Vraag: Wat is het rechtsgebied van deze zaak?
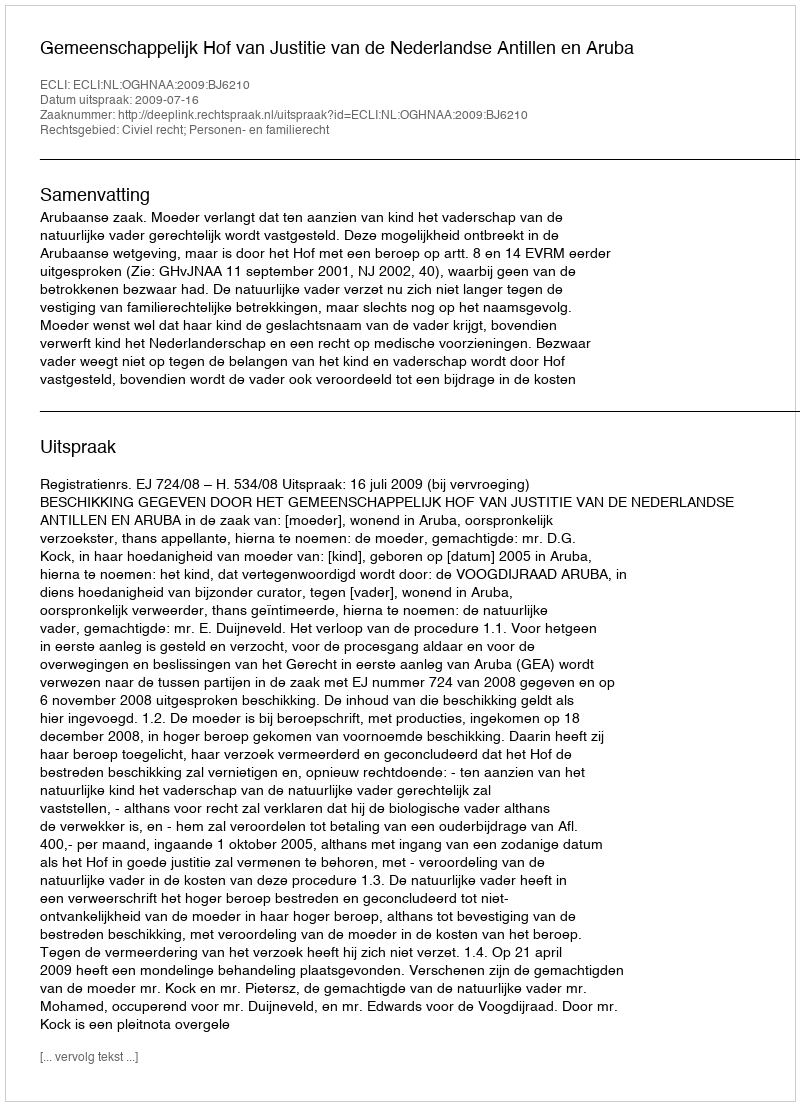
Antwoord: Civiel recht; Personen- en familierecht